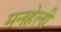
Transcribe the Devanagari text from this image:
मनहेली